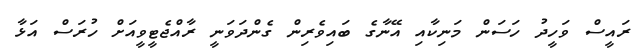
ރައީސް ވަހީދު ހަސަން މަނިކާއި އޭނާގެ ބައިވެރިން ގެންދަވަނީ ރާއްޖެޓީވީއަށް ހުރަސް އަޅާ